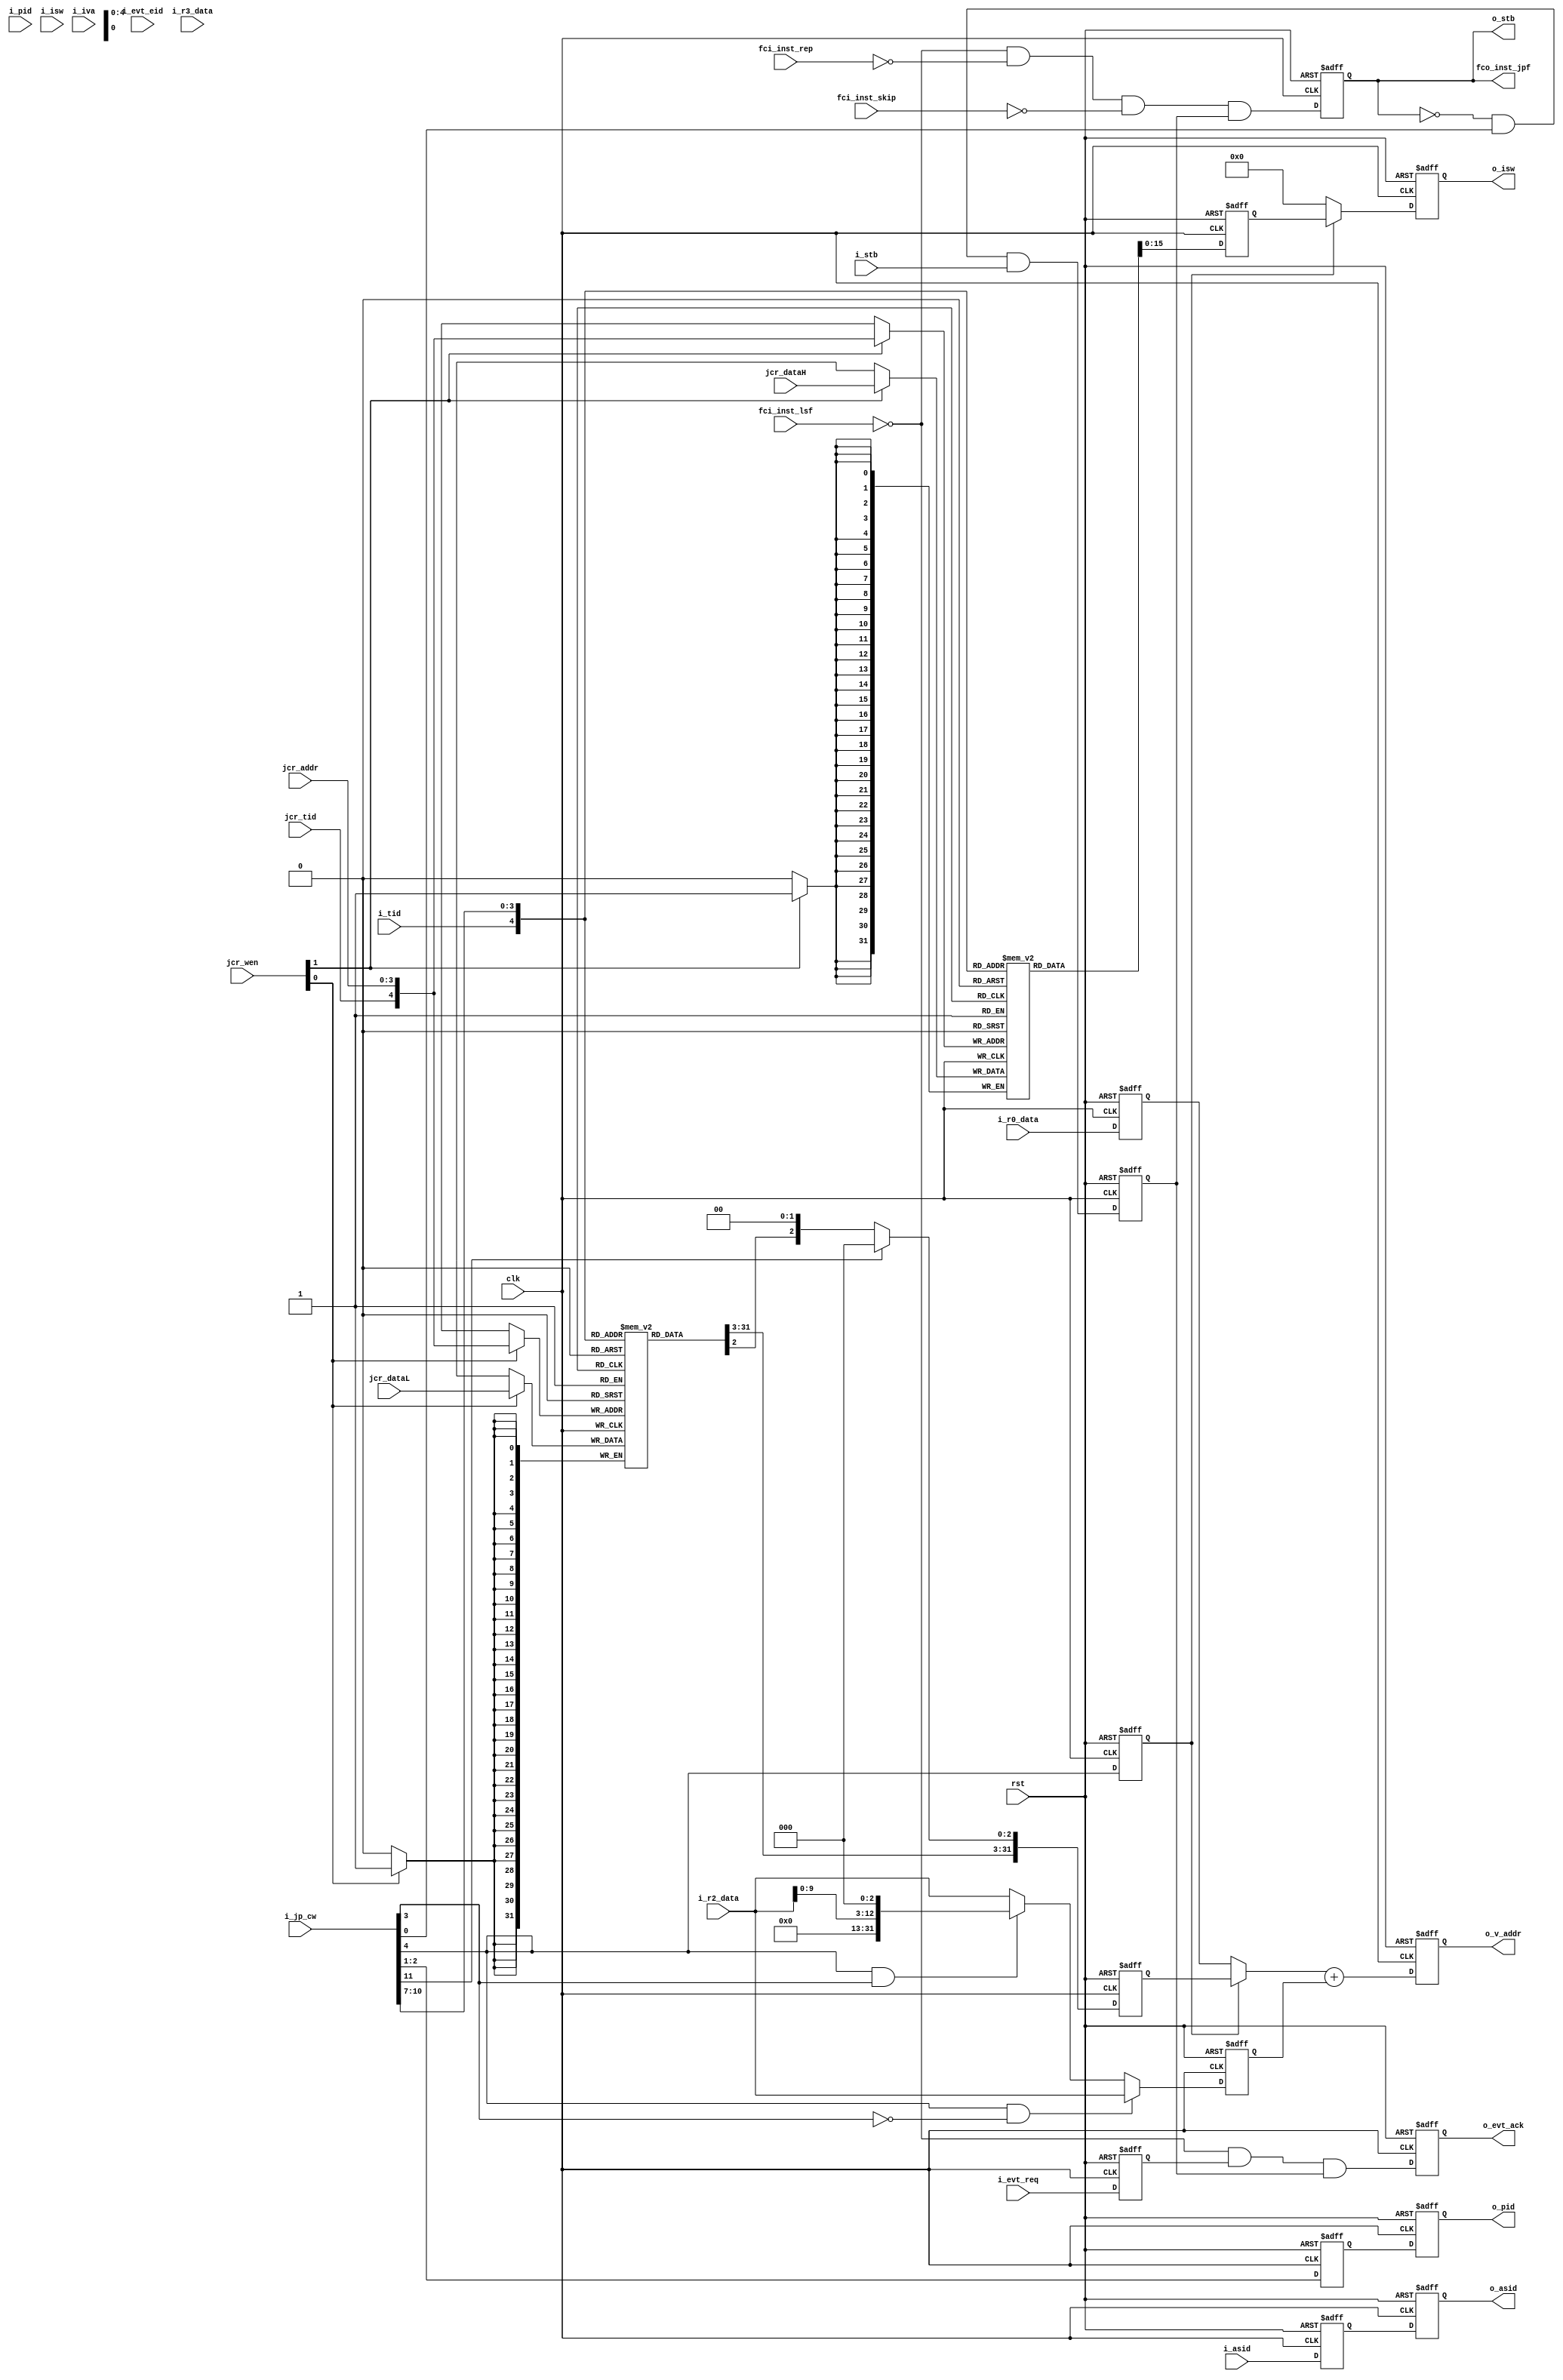
//=============================================================================
//    Main contributors
//      - Adam Luczak         <mailto:adam.luczak@outlook.com>
//=============================================================================
`default_nettype none
//-----------------------------------------------------------------------------
`timescale 1ns / 1ns                            
//=============================================================================
module eco32_core_jpu_box
(
 input  wire            clk,
 input  wire            rst,   
 
 // iput from IDU
 
 input  wire            i_stb,
 input  wire            i_tid,
 input  wire     [3:0]  i_asid,
 input  wire     [1:0]  i_pid,
 input  wire    [15:0]  i_isw,
 input  wire    [31:0]  i_iva,
 input  wire            i_evt_req,
 input  wire     [3:0]  i_evt_eid,
 
 input  wire    [11:0]  i_jp_cw,     
 
 input  wire    [31:0]  i_r0_data,    
 input  wire    [31:0]  i_r2_data,     
 input  wire    [31:0]  i_r3_data,

 // input from MPU
 
 input  wire            fci_inst_lsf,
 input  wire            fci_inst_skip,
 input  wire            fci_inst_rep,
 output wire            fco_inst_jpf,

 input  wire     [1:0]  jcr_wen,
 input  wire            jcr_tid,
 input  wire     [3:0]  jcr_addr,
 input  wire    [31:0]  jcr_dataL,
 input  wire    [31:0]  jcr_dataH,
 
 // output 
 
 output wire            o_stb,
 output wire            o_evt_ack,
 output wire     [3:0]  o_asid,
 output wire     [1:0]  o_pid,
 output wire    [15:0]  o_isw,
 output wire    [31:0]  o_v_addr 
);                             
//==============================================================================================
//  params
//==============================================================================================
parameter               FORCE_RST   =     0;
//==============================================================================================
// variables
//==============================================================================================
(*ramstyle="distributed" *) reg [31:0] cra [31:0];
(*ramstyle="distributed" *) reg [31:0] crb [31:0];
//----------------------------------------------------------------------------------------------
(* shreg_extract = "NO"  *) reg             a0_stb;
(* shreg_extract = "NO"  *) reg             a0_tid;
(* shreg_extract = "NO"  *) reg             a0_evt_req;
(* shreg_extract = "NO"  *) reg      [3:0]  a0_asid;
(* shreg_extract = "NO"  *) reg      [1:0]  a0_pid;
(* shreg_extract = "NO"  *) reg     [15:0]  a0_isw;
                                                                                                                                                                                              
(* shreg_extract = "NO"  *) reg             a0_jp_ena;      
(* shreg_extract = "NO"  *) reg             a0_jp_cre;
(* shreg_extract = "NO"  *) reg      [3:0]  a0_jp_asid;
(* shreg_extract = "NO"  *) reg      [1:0]  a0_jp_pid;
(* shreg_extract = "NO"  *) reg     [31:0]  a0_jp_baseGP;
(* shreg_extract = "NO"  *) reg     [31:0]  a0_jp_baseCR;
(* shreg_extract = "NO"  *) reg     [31:0]  a0_jp_offset;
//----------------------------------------------------------------------------------------------
(* shreg_extract = "NO"  *) reg             b1_stb;
(* shreg_extract = "NO"  *) reg             b1_evt_ack;
(* shreg_extract = "NO"  *) reg     [15:0]  b1_isw;

(* shreg_extract = "NO"  *) reg      [3:0]  b1_jp_asid;
(* shreg_extract = "NO"  *) reg      [1:0]  b1_jp_pid;
(* shreg_extract = "NO"  *) reg     [31:0]  b1_jp_v_addr;       
//==============================================================================================
// syscall entry registers 
//==============================================================================================
always@(posedge clk)
 if(jcr_wen[0]) cra [{jcr_tid,jcr_addr}] <=                                           jcr_dataL;
//----------------------------------------------------------------------------------------------
wire    [31:0]  cra_addr     =                                      cra [{i_tid,i_jp_cw[10:7]}];
//----------------------------------------------------------------------------------------------             
always@(posedge clk)                                                                                         
 if(jcr_wen[1]) crb [{jcr_tid,jcr_addr}] <=                                           jcr_dataH;
//----------------------------------------------------------------------------------------------
wire    [31:0]  crb_addr     =                                      crb [{i_tid,i_jp_cw[10:7]}];
//==============================================================================================    
// stage a0
//==============================================================================================    
always@(posedge clk or posedge rst)
 if(rst) 
  begin                                                                         															  
    a0_stb                  <=                                                             1'b0;
    a0_tid                  <=                                                             1'b0;
    a0_evt_req              <=                                                             1'b0;
    a0_asid                 <=                                                             4'b0;
    a0_pid                  <=                                                             2'b0;
    a0_isw                  <=                                                            16'b0;        
   
    a0_jp_cre               <=                                                             1'b0;
    a0_jp_asid              <=                                                             4'b0;
    a0_jp_pid               <=                                                             2'b0;
    a0_jp_baseCR            <=                                                            32'd0;
    a0_jp_baseGP            <=                                                            32'd0;
    a0_jp_offset            <=                                                            32'd0;
  end
 else
  begin
    a0_stb                  <=                                   !b1_stb && i_jp_cw[0] && i_stb;
    a0_tid                  <=                                                            i_tid;
    a0_evt_req              <=                                                        i_evt_req;
    a0_asid                 <=                                                           i_asid;
    a0_pid                  <=                                                            i_pid;
    a0_isw                  <=                                                   crb_addr[15:0];
       
    a0_jp_ena               <=                                                       i_jp_cw[0];
    a0_jp_cre               <=                                                       i_jp_cw[4];
    a0_jp_asid              <=                                                    crb_addr[3:0];
    a0_jp_pid               <=                                                     i_jp_cw[2:1];
    a0_jp_baseCR            <=  (i_jp_cw[11])?    {cra_addr[31:3],3'd0} : {cra_addr[31:2],2'd0};
    a0_jp_baseGP            <=                                                       i_r0_data ;
    a0_jp_offset            <=  (i_jp_cw[4] && i_jp_cw[3]==1'b0)?                    i_r2_data : // EID = const
                                (i_jp_cw[4] && i_jp_cw[3]==1'b1)? {19'd0,i_r2_data[ 9:0],3'd0} : // EID = reg
                                                                                     i_r2_data ; // regular mode
  end
//==============================================================================================
// stage b(1): 
//==============================================================================================
always@(posedge clk or posedge rst)
 if(rst) 
  begin                                                                         
    b1_stb                  <=                                                             1'b0;
    b1_isw                  <=                                                            16'b0;
    b1_evt_ack              <=                                                              'b0;
    
    b1_jp_asid              <=                                                             4'b0;
    b1_jp_pid               <=                                                             2'b0;
    b1_jp_v_addr            <=                                                            32'd0;     
  end
 else
  begin
    b1_stb                  <=       !fci_inst_lsf && !fci_inst_rep && !fci_inst_skip && a0_stb;
    b1_isw                  <= (a0_jp_cre)?                                      a0_isw : 16'd0;        
    b1_evt_ack              <=                            !fci_inst_lsf && a0_evt_req && a0_stb;

    b1_jp_asid              <= (1'b1) ?                                    a0_asid : a0_jp_asid;
    b1_jp_pid               <=                                                        a0_jp_pid;
    b1_jp_v_addr            <=      ( a0_jp_cre ?  a0_jp_baseCR : a0_jp_baseGP ) + a0_jp_offset;
  end
//==============================================================================================
// output
//==============================================================================================
assign  o_stb                =                                                           b1_stb;
assign  o_isw                =                                                           b1_isw;
assign  o_evt_ack            =                                                       b1_evt_ack;
assign  o_asid               =                                                       b1_jp_asid;
assign  o_pid                =                                                        b1_jp_pid;
assign  o_v_addr             =                                                     b1_jp_v_addr;       
//----------------------------------------------------------------------------------------------
assign  fco_inst_jpf         =                                                           b1_stb;
//==============================================================================================
endmodule